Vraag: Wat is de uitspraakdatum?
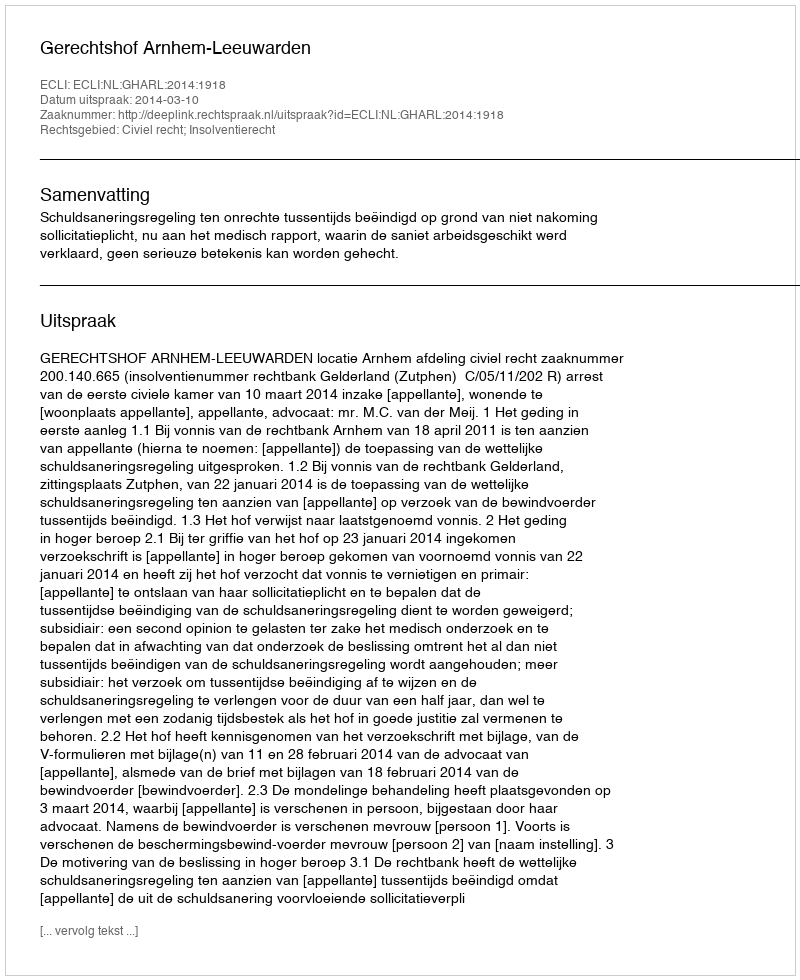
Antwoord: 2014-03-10